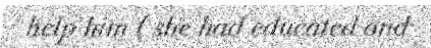
help him ( she had educated and